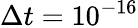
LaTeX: \Delta t=10^{-16}